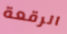
الرقعة